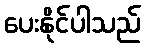
ပေးနိုင်ပါသည်